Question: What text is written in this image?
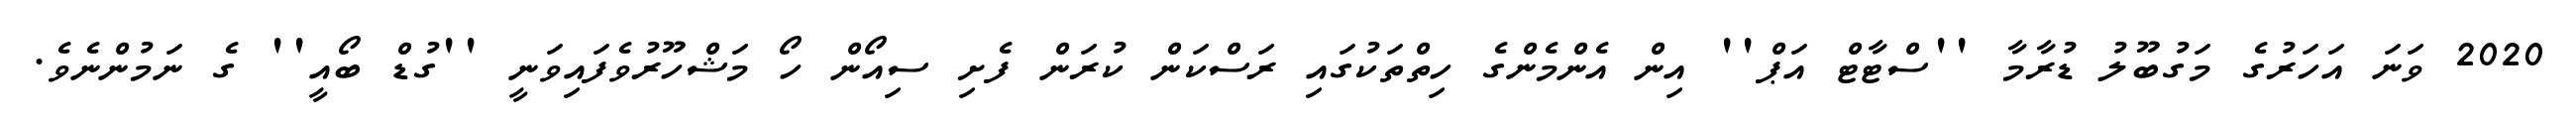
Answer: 2020 ވަނަ އަހަރުގެ މަގުބޫލު ޑުރާމާ ''ސްޓާޓް އަޕް'' އިން އެންމެންގެ ހިތްތަކުގައި ރަސްކަން ކުރަން ފެށި ސިއޯން ހޯ މަޝްހޫރުވެފައިވަނީ ''ގުޑް ބޯއީ'' ގެ ނަމުންނެވެ.